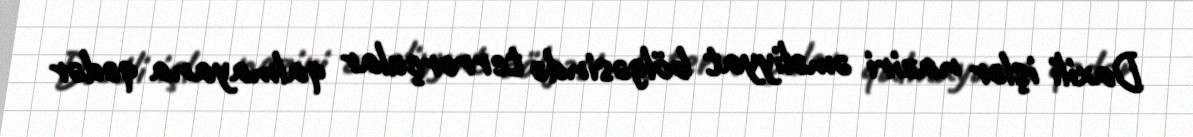
Daxili işlər naziri əməliyyat bölgəsində terrorçular qalmayana qədər